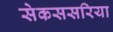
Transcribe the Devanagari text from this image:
सेकससरिया